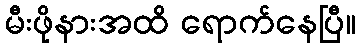
မီးဖိုနားအထိ ရောက်နေပြီ။